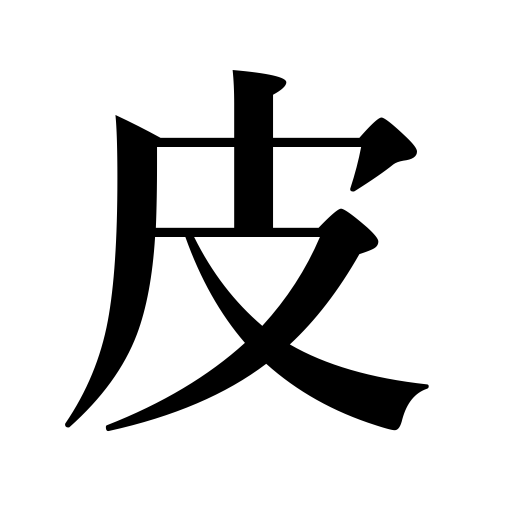
Meanings: bark,leather,hide,husk,peeling,pelt,skin,shell,cream,film,fur